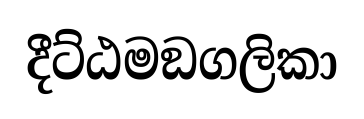
දීට්ඨමඞගලිකා